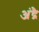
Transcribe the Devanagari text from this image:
अंद्रै